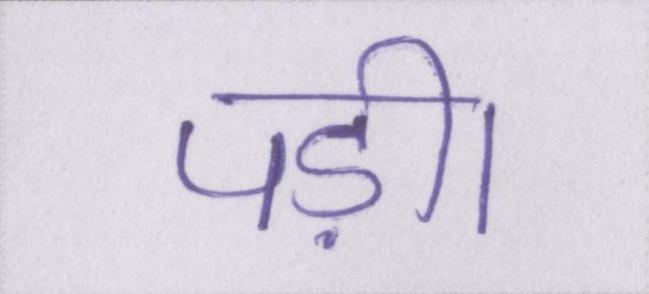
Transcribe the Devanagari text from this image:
पड़ी।